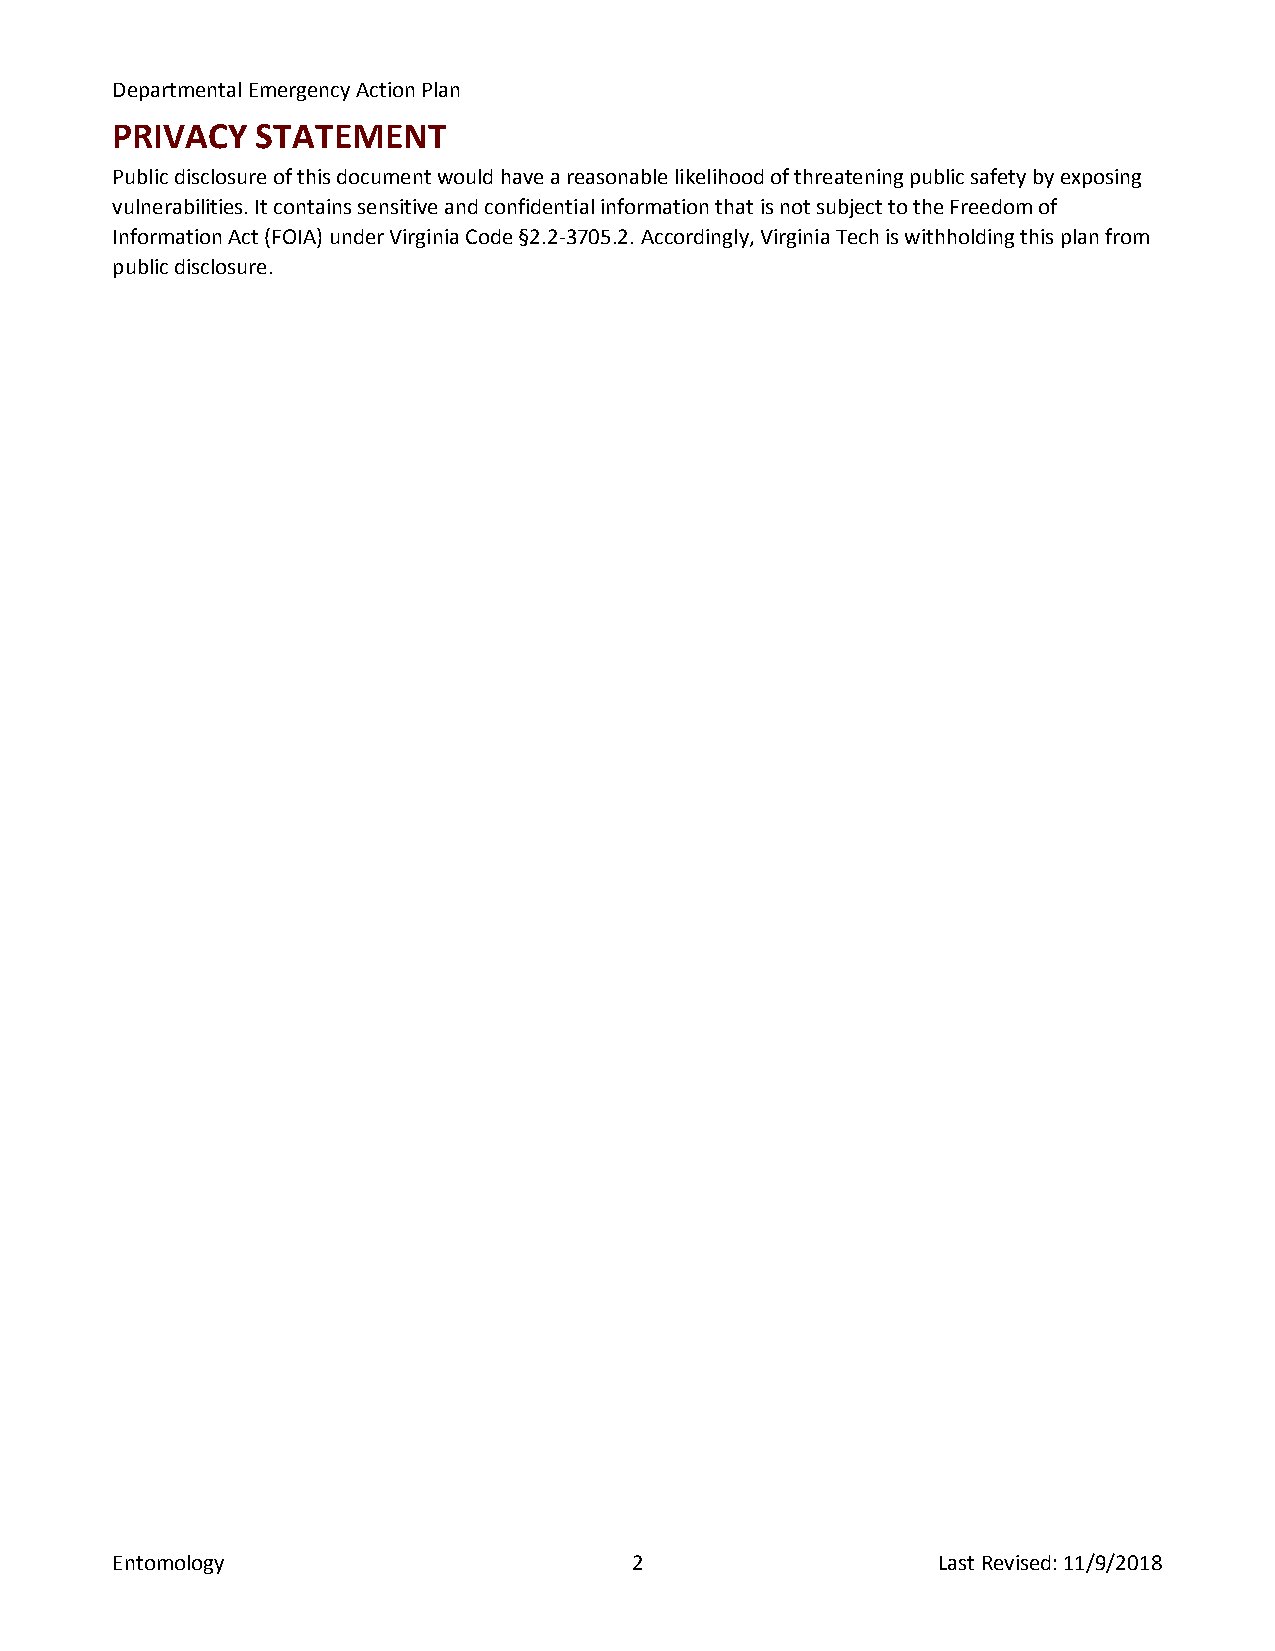
Departmental Emergency Action Plan
 PRIVACY   STATEMENT
 Public disclosure of this document would have a reasonable likelihood of threatening public safety by exposing
 vulnerabilities. It contains sensitive and confidential information that is not subject to the Freedom of
 Information Act (FOIA) under Virginia Code §2.2-3705.2. Accordingly, Virginia Tech is withholding this plan from
 public disclosure.
 Entomology                         2                   Last Revised: 11/9/2018